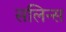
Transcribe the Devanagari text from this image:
सलिन्स